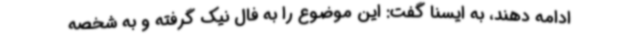
ادامه دهند، به ایسنا گفت: این موضوع را به فال نیک گرفته و به شخصه